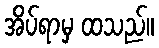
အိပ်ရာမှ ထသည်။